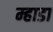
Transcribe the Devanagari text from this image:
म्हाडा